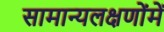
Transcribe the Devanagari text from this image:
सामान्यलक्षणोंमें